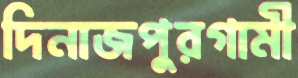
দিনাজপুরগামী